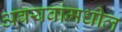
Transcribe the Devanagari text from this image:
अवयवांमधील